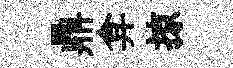
鼎弇掠